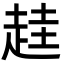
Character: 䞨